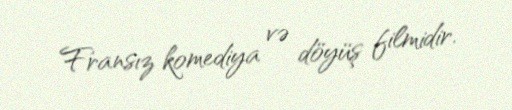
Fransız komediya və döyüş filmidir.